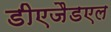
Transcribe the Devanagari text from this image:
डीएजैडएल